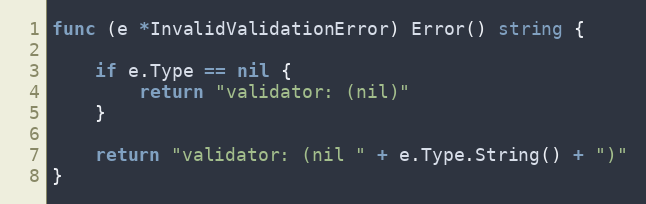
Language: Go
func (e *InvalidValidationError) Error() string {

	if e.Type == nil {
		return "validator: (nil)"
	}

	return "validator: (nil " + e.Type.String() + ")"
}